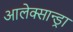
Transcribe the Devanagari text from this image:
आलेक्सान्ड्रा